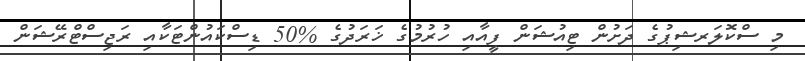
މި ސްކޮލަރޝިޕުގެ ދަށުން ޓިއުޝަން ފީއާއި ހުރުމުގެ ޚަރަދުގެ %50 ޑިސްކައުންޓަކާއި ރަޖިސްޓްރޭޝަން